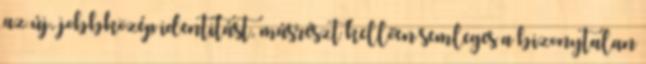
az új, jobbközép identitást, másrészt kellően semleges a bizonytalan